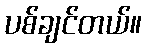
ပစ်ချင်တယ်။